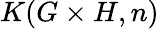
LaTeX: K(G\times H,n)